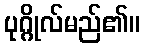
ပုဂ္ဂိုလ်မည်၏။